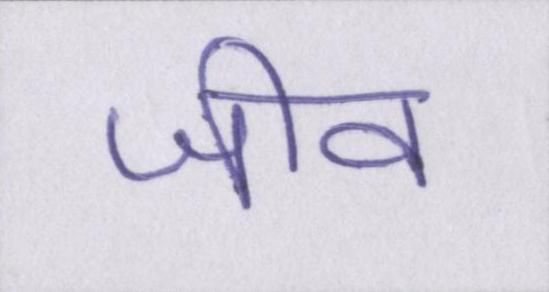
जीव